Report on vaccination in the Province of Bengal - 1874-1889
Year: 1874
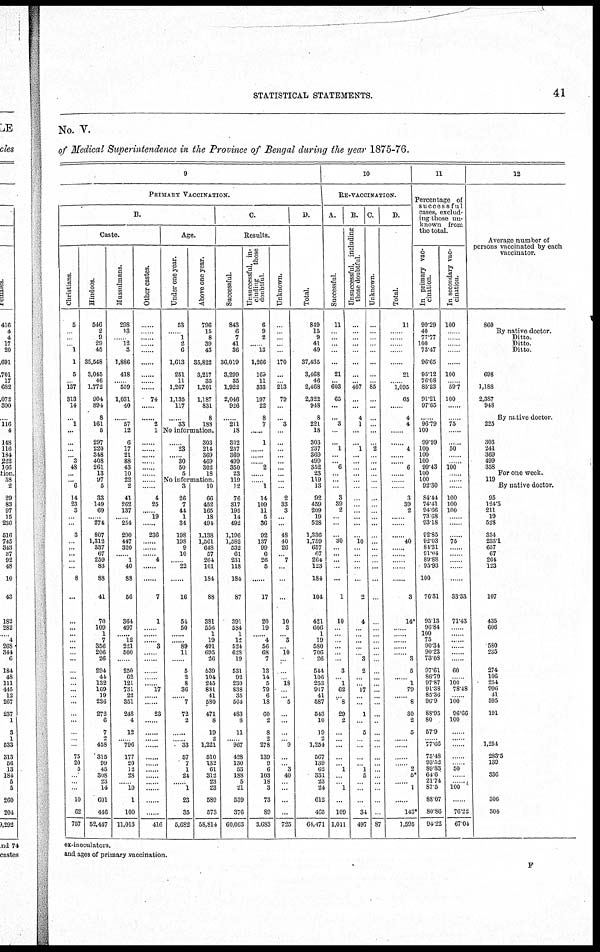
STATISTICAL STATEMENTS.
41
No. V.
of Medical Superintendence in the Province of Bengal during the year 1875-76.
9
PRIMARY VACCINATION.
B.
Caste.
Christians.
5
...
...
... 1
1
5
... 137
313
14
...
1
...
...
...
... 3
43
...
... 6
14
23
3
... ...
3
...
...
...
... ...
8
...
...
...
... ...
...
...
...
...
...
...
...
... ...
…
...
…
…
...
75
20
5
...
...
...
10
62
757
Hindoos.
546
2
9
29
45
35,548
3,045
46
1,772
904
894
8
161
5
297
220
348
408
261
13
97
5
33
149
69
... 274
807
1,312
337
67
259
83
88
41
70
109
1
7
356
206
26
294
44
132
169
19
238
272
6
7
2
458
315
99
45
308
23
14
601
446
52,447
Mussulmans.
298
13
... 12 3
1,886
418
... 559
1,031
40
...
57
12
6
17
21
88
43
10
22
2
41
262
137
... 254
290
447
320
... 1
40
88
56
364
497
... 12
221
500
...
250
62
121
731
22
351
248
4
12
… 796
177
20
12
28
... 10
1
100
11,013
Other castes.
......
......
......
......
......
......
......
......
......
74
......
......
2
1
......
......
......
...... ......
......
......
......
4
25
...... 19
......
236
......
......
...... 4
......
......
7
1
......
......
...... 3
......
......
......
......
...... 17
…...
...…
23
……
……
......
......
......
......
......
......
......
.
......
......
416
Age.
Under one year.
53
...... 1
2
6
1,613
251
11
1,267
1,135
117
......
33
Above one year.
796
15
8
39
43
35,822
3,217
35
1,201
1,187
831
8
188
No information.
......
23
...... 30
50
5
303
214
369
469
302
18
No information.
3
26
7
44
1
34
198
198
9
10
...... 22
......
16
54
50
...
... 89
11
......
5
2
8
36
... 7
72
2
……
...... 33
57
7
1
24.
......
......
23
35
5,682
10
66
452
165
18
494
1,138
1,561
648
57
264
101
184
88
381
556
1
19
491
695
26
539
104
245
881
41
580
471
8
19
2
1,221
510
132
61
312
23
23
589
573
58,814
C.
Results.
Successful.
843
6
7
41
36
36,019
3,299
35
1,922
2,046
926
...
211
18
302
237
369
499
350
23
119
12
76
817
195
14
492
1,196
1,582
532
61
231
118
184
87
391
584
1
12
524
628
19
531
92
230
838
35
564
483
8
11
... 967
428
130
53
188
5
21
539
376
60,063
Unsuccessful, in-
cluding
those
doubtful.
6
9
2
... 13
1,266
169
11
333
197
22
8
7
......
1
......
......
...... 2
......
...... 1
14
109
11
5
36
92
137
99
6
26
5
......
17
20
19
...... 4
56
68
7
13
14
5
79
6
18
60
2
8
2
278
139
9
6
103
18
3
73
89
3,683
Unknown.
...
...
...
...
...
170
...
... 213
79
...
...
3
...
...
...
...
... ...
...
...
...
2
33
3
...
...
48
40
26
... 7
...
...
...
10
3
... 3
... 10
...
...
... 18
...
... 5
…
…
…
... 9
...
... 3
40
... ...
...
...
725
D.
Total.
849
15
9
41
49
37,435
3,468
46
2,468
2,322
948
8
221
18
303
237
369
499
352
23
119
13
92
459
209
19
528
1,336
1,759
657
67
264
123
184
104
421
606
1
19
580
706
26
544
106
253
917
41
587
543
10
19
2
1,254
567
139
62
331
23
24
612
165
64,471
10
RE-VACCINATION.
A.
Successful.
11
...
...
...
...
...
21
...
603
65
...
...
3
...
...
1
...
... 6
...
...
...
3
39
2
...
...
...
30
...
... ...
...
...
1
10
...
...
...
...
...
...
3
... 1
62
... 8
29
2
…
...
...
...
... 1
...
... 1
...
109
1,011
B.
Unsuccessful, including
those doubtful.
...
...
...
...
...
...
...
... 407
...
...
4
1
...
...
1
...
... ...
...
...
...
...
...
...
...
...
...
10
...
...
...
...
...
2
4
...
...
...
...
... 3
2
...
... 17
...
…
1
…
5
...
...
...
... 1
5
...
...
...
34
497
C.
Unknown.
...
...
...
...
...
...
...
... 85
...
...
...
...
...
...
2
...
... ...
...
...
...
...
...
...
...
...
...
...
...
...
...
...
...
...
...
...
...
...
...
...
...
...
...
...
...
...
…
…
…
…
...
...
...
...
...
...
...
...
...
...
87
D.
Total.
11
......
......
......
......
......
21
... 1,095
65
...
4
4
...
...
4
...
...
6
...
...
...
3
39
2
...
...
...
40
...
...
...
...
....
3
14*
...
...
...
...
...
3
5
...
1
79
...... 8
30
2
5
......
......
......
...... 2
5*
......
......
1
143*
1,595
11
Percentage of
successful
cases, exclud-
ing those un-
known from
the total.
In primary vac-
cination.
99.29
40
77.77
100
73.47
96.65
95.12
76.08
85.23
91.21
97.65
......
96.79
100
99.99
100
100
100
99.43
100
100
92.30
84.44
74.41
94.66
73.68
93.18
92.85
92.03
84.31
81.04
89.88
95.93
100
76.31
95.13
96.84
100
75
90.34
90.23
73.08
97.61
86.79
97.87
91.38
85.36
90.9
88.95
80
57.9
... 77.66
75.48
93.52
89.83
64.6
21.74
87. 5
88.07
80.86
94.22
In secondary vac-
cination.
100
......
......
......
......
......
100
...... 59.7
100
......
......
75
......
......
50
......
...... 100
......
......
......
100
100
100
...
...
...
75
...
...
...
...
...
33.33
71.43
...
...
...
...
...
...
60
... 100
78.48
... 100
96.66
100
…
...
...
...
... 50
...
... 100
...
76.22
67.04
12
Average number of
persons vaccinated by each
vaccinator.
860
By native doctor.
Ditto.
Ditto.
Ditto.
......
698
...... 1,188
2,387
948
By native doctor.
225
......
303
241
369
499
358
For one week.
119
By native doctor.
95
124.5
211
19
523
334
233.1
657
67
264
123
...
107
435
606
...
... 580
235
...
274
106
254
996
41
595
191
…
…
1,254
283.5
139
... 336
...
...
306
304
ex-inoculators.
and ages of primary vaccination.
F